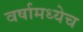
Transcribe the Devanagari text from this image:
वर्षामध्येच